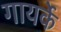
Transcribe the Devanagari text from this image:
गायर्के